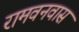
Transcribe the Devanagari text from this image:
रामवनवास